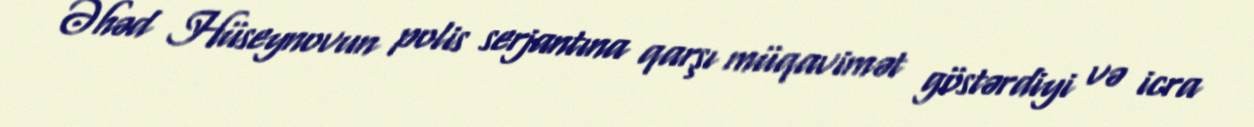
Əhəd Hüseynovun polis serjantına qarşı müqavimət göstərdiyi və icra